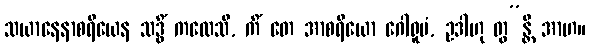
သယာနေနာစရိယေန သဒ္ဓိံ ကထေသိ, ကိံ တေ အာစရိယော ဂေါရူပံ, ဥဒါဟု တွ”န္တိ အာဟ။